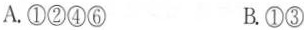
A.①②④⑥ B.①③